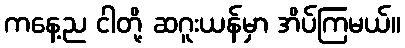
ကနေ့ည ငါတို့ ဆဂူးယန်မှာ အိပ်ကြမယ်။